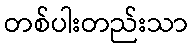
တစ်ပါးတည်းသာ